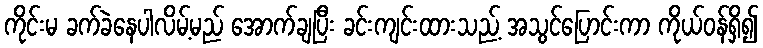
ကိုင်းမ ခက်ခဲနေပါလိမ့်မည် အောက်ချပြီး ခင်းကျင်းထားသည့် အသွင်ပြောင်းကာ ကိုယ်ဝန်ရှိ၍